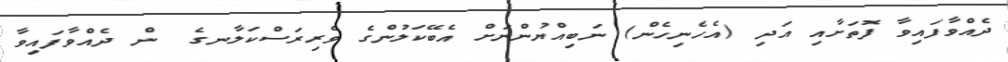
ދެއްވާފައިވާ ފޮތަށާއި އަދި (އެހެނިހެން) ނަބިއްޔުންނަށް އެބޭކަލުންގެ ވެރިރަސްކަލާނގެ  ން ދެއްވާފައިވާ